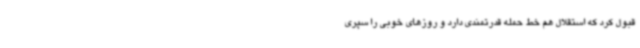
قبول کرد که استقلال هم خط حمله قدرتمندی دارد و روزهای خوبی را سپری